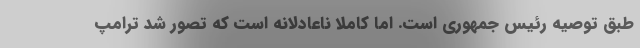
طبق توصیه رئیس جمهوری است. اما کاملا ناعادلانه است که تصور شد ترامپ